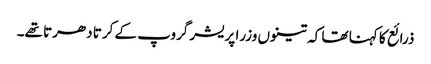
ذرائع کا کہنا تھا کہ تینوں وزرا پریشر گروپ کے کرتا دھرتا تھے۔